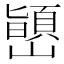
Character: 𫶞